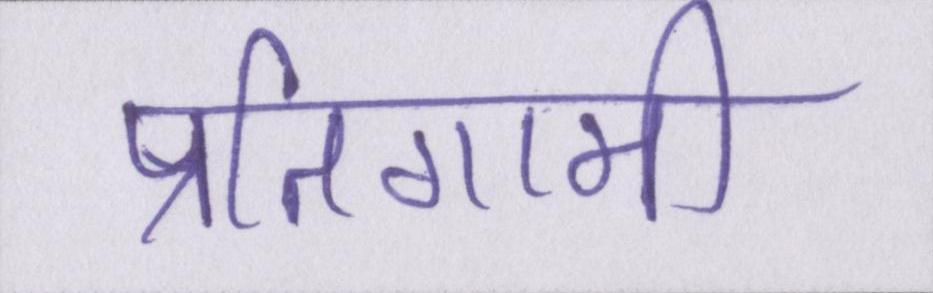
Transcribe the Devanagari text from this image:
प्रतिगामी